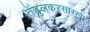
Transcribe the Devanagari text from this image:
तेंडुलकरसारखा